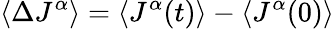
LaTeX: \left<\Delta J^{\alpha}\right>=\left<J^{\alpha}(t)\right>-\left<J^{\alpha}(0)\right>